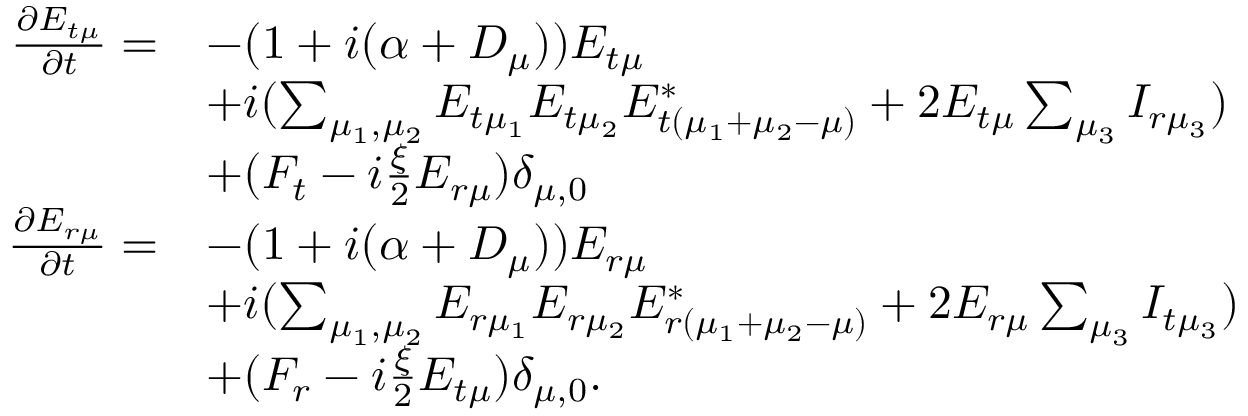
\begin{array} { r l } { \frac { \partial E _ { t \mu } } { \partial t } = } & { - ( 1 + i ( \alpha + D _ { \mu } ) ) E _ { t \mu } } \\ & { + i ( \sum _ { \mu _ { 1 } , \mu _ { 2 } } E _ { t \mu _ { 1 } } E _ { t \mu _ { 2 } } E _ { t ( \mu _ { 1 } + \mu _ { 2 } - \mu ) } ^ { * } + 2 E _ { t \mu } \sum _ { \mu _ { 3 } } I _ { r \mu _ { 3 } } ) } \\ & { + ( F _ { t } - i \frac { \xi } { 2 } E _ { r \mu } ) \delta _ { \mu , 0 } } \\ { \frac { \partial E _ { r \mu } } { \partial t } = } & { - ( 1 + i ( \alpha + D _ { \mu } ) ) E _ { r \mu } } \\ & { + i ( \sum _ { \mu _ { 1 } , \mu _ { 2 } } E _ { r \mu _ { 1 } } E _ { r \mu _ { 2 } } E _ { r ( \mu _ { 1 } + \mu _ { 2 } - \mu ) } ^ { * } + 2 E _ { r \mu } \sum _ { \mu _ { 3 } } I _ { t \mu _ { 3 } } ) } \\ & { + ( F _ { r } - i \frac { \xi } { 2 } E _ { t \mu } ) \delta _ { \mu , 0 } . } \end{array}